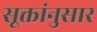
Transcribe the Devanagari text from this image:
सूक्तांनुसार